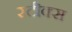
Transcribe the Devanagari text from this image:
स्टीक्स